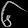
Digit: ၆